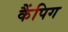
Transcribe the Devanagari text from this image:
कैंपिग